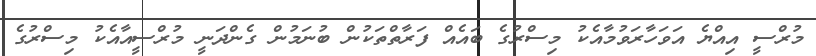
މުރްސީ އިއްޔެ އަވަހާރަވުމާއެކު މިސްރުގެ ބައެއް ފަރާތްތަކުން ބުނަމުން ގެންދަނީ މުރްސީއާއެކު މިސްރުގެ